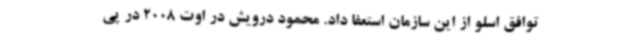
توافق‌ اسلو از این سازمان استعفا داد. محمود درویش در اوت 2008 در پی